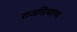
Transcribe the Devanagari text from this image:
राजसिधारण